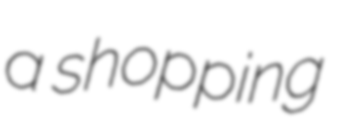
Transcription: a shopping